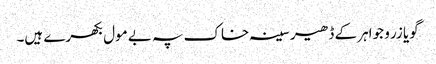
گویا زر و جواہر کے ڈھیر سینہ خاک پہ بے مول بکھرے ہیں۔